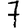
Digit: 7